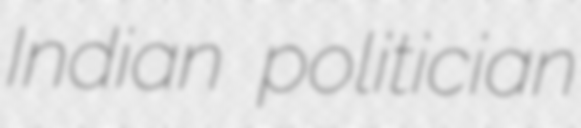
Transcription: Indian politician